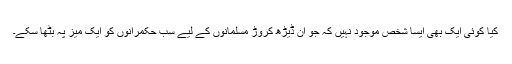
کیا کوئی ایک بھی ایسا شخص موجود نہیں کہ جو ان ڈیڑھ کروڑ مسلمانوں کے لیے سب حکمرانوں کو ایک میز پہ بٹھا سکے۔